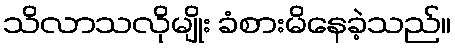
သိလာသလိုမျိုး ခံစားမိနေခဲ့သည်။